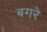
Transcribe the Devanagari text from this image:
बगरे